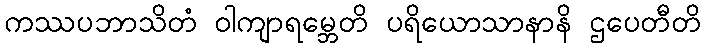
ကဿပဘာသိတံ ဝါကျာရမ္ဘေတိ ပရိယောသာနာနိ ဌပေတီတိ